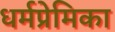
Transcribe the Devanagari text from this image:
धर्मप्रेमिका